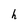
Character: h